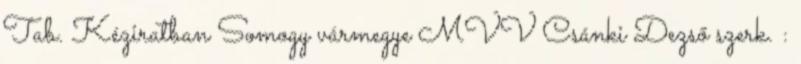
Tab. Kéziratban Somogy vármegye MVV Csánki Dezső szerk. :